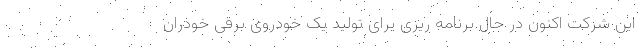
این شرکت اکنون در حال برنامه ریزی برای تولید یک خودروی برقی خودران